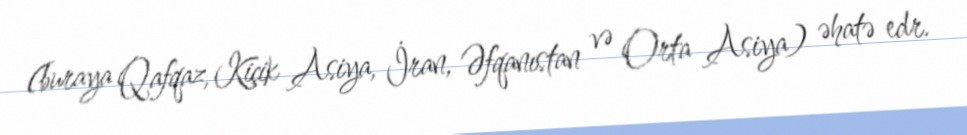
(buraya Qafqaz, Kiçik Asiya, İran, Əfqanıstan və Orta Asiya) əhatə edr.